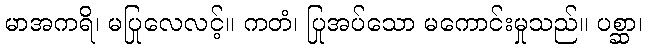
မာအကရိ၊ မပြုလေလင့်။ ကတံ၊ ပြုအပ်သော မကောင်းမှုသည်။ ပစ္ဆာ၊